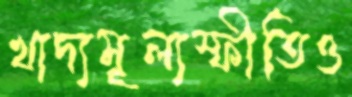
খাদ্যমূল্যস্ফীতিও